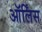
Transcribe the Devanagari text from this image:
ऑर्लिंस